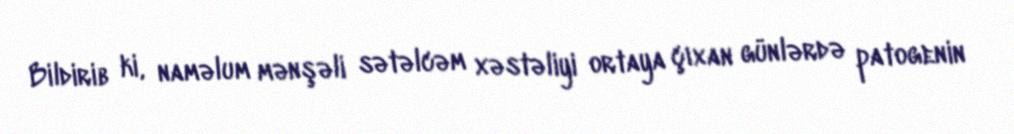
Bildirib ki, naməlum mənşəli sətəlcəm xəstəliyi ortaya çıxan günlərdə patogenin